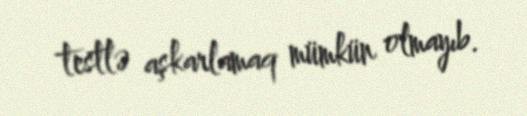
testlə aşkarlamaq mümkün olmayıb.